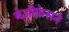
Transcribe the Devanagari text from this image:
बेऔफ्रेसने